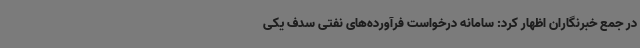
در جمع خبرنگاران اظهار کرد: سامانه درخواست فرآورده‌های نفتی سدف یکی